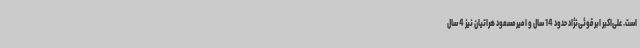
است. علی‌اکبر ابرقوئی‌نژاد حدود 14 سال و امیرمسعود هراتیان نیز 4 سال